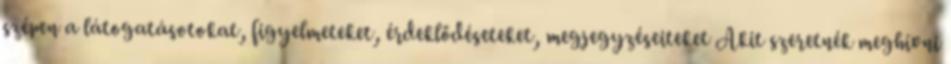
szépen a látogatásotokat, figyelmeteket, érdeklődéseteket, megjegyzéseiteket Akit szeretnék meghívni